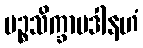
ပဉ္စသိက္ခာပဒါနဟံ